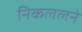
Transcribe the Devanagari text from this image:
निकललने